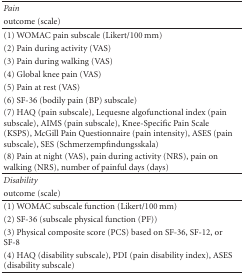
| Pain |  |
 | outcome (scale) |  |
 | --- | --- |
 | (1) WOMAC pain subscale (Likert/100 mm) |  |
 | (2) Pain during activity (VAS) |  |
 | (3) Pain during walking (VAS) |  |
 | (4) Global knee pain (VAS) |  |
 | (5) Pain at rest (VAS) |  |
 | (6) SF-36 (bodily pain (BP) subscale) |  |
 | (7) HAQ (pain subscale), Lequesne algofunctional index (pain subscale), AIMS (pain subscale), Knee-Specific Pain Scale (KSPS), McGill Pain Questionnaire (pain intensity), ASES (pain subscale), SES (Schmerzempfindungsskala) |  |
 | (8) Pain at night (VAS), pain during activity (NRS), pain on walking (NRS), number of painful days (days) |  |
 | Disability |  |
 | outcome (scale) |  |
 | (1) WOMAC subscale function (Likert/100 mm) |  |
 | (2) SF-36 (subscale physical function (PF)) |  |
 | (3) Physical composite score (PCS) based on SF-36, SF-12, or SF-8 |  |
 | (4) HAQ (disability subscale), PDI (pain disability index), ASES (disability subscale) |  |